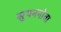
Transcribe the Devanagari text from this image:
सुपननोवा